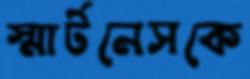
স্মার্টনেসকে